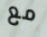
مع